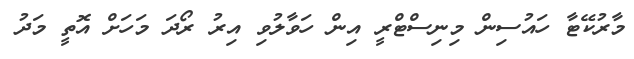
މާރުކޭޓާ ހައުސިން މިނިސްޓްރީ އިން ހަވާލުވި އިރު ރޯދަ މަހަށް އޮތީ މަދު